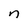
Character: n